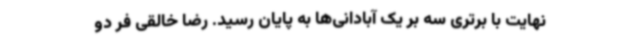
نهایت با برتری سه بر یک آبادانی‌ها به پایان رسید. رضا خالقی فر دو